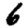
Digit: 6